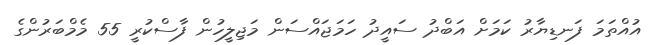
އުއްތަމަ ފަނޑިޔާރު ކަމަށް އަބްދު ސައީދު ހަމަޖައްސަން މަޖިލީހުން ފާސްކުރީ 55 މެމްބަރުންގެ